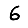
Digit: 6